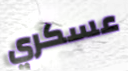
عسكري